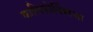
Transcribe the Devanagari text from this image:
कालिफोर्नियाचा